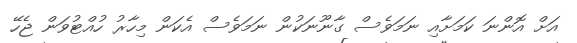
އަށް އޮންނަ ކަމަށާއި ނަމަވެސް ގާނޫނަކުން ނަމަވެސް އެކަން މިހާރު ހުއްޓުވަން ޖެހޭ